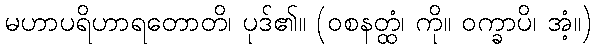
မဟာပရိဟာရတောတိ၊ ပုဒ်၏။ (ဝစနတ္ထံ၊ ကို။ ဝက္ခာပိ၊ အံ့။)